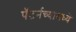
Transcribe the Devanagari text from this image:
पॅटर्नच्यामध्ये